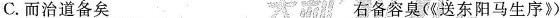
C.而治道备矣 右备容臭(《送东阳马生序》)